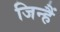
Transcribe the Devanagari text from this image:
जिन्हैं